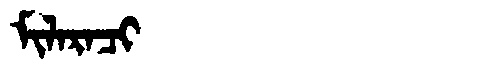
Manchu: ᠮᡳᠯᠠᡵᠠᠴᡳ
Romanization: MILARACI